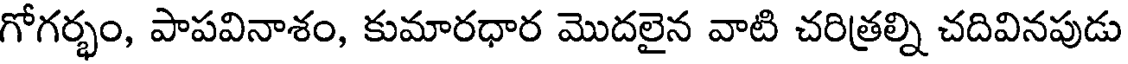
గోగర్భం, పాపవినాశం, కుమారధార మొదలైన వాటి చరిత్రల్ని చదివినపుడు